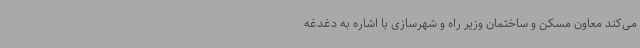
می‌کند معاون مسکن و ساختمان وزیر راه و شهرسازی با اشاره به دغدغه